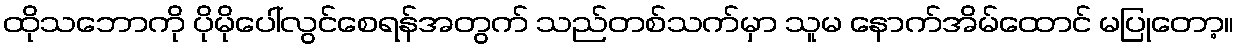
ထိုသဘောကို ပိုမိုပေါ်လွင်စေရန်အတွက် သည်တစ်သက်မှာ သူမ နောက်အိမ်ထောင် မပြုတော့။